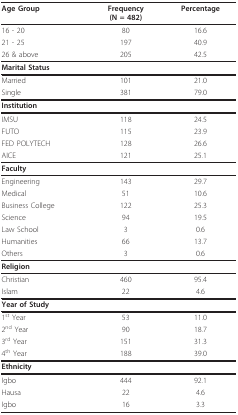
| Age Group | Frequency(N = 482) | Percentage |
 | --- | --- | --- |
 | 16 - 20 | 80 | 16.6 |
 | 21 - 25 | 197 | 40.9 |
 | 26 & above | 205 | 42.5 |
 | Marital Status |  |  |
 | Married | 101 | 21.0 |
 | Single | 381 | 79.0 |
 | Institution |  |  |
 | IMSU | 118 | 24.5 |
 | FUTO | 115 | 23.9 |
 | FED POLYTECH | 128 | 26.6 |
 | AICE | 121 | 25.1 |
 | Faculty |  |  |
 | Engineering | 143 | 29.7 |
 | Medical | 51 | 10.6 |
 | Business College | 122 | 25.3 |
 | Science | 94 | 19.5 |
 | Law School | 3 | 0.6 |
 | Humanities | 66 | 13.7 |
 | Others | 3 | 0.6 |
 | Religion |  |  |
 | Christian | 460 | 95.4 |
 | Islam | 22 | 4.6 |
 | Year of Study |  |  |
 | 1st Year | 53 | 11.0 |
 | 2nd Year | 90 | 18.7 |
 | 3rd Year | 151 | 31.3 |
 | 4th Year | 188 | 39.0 |
 | Ethnicity |  |  |
 | Igbo | 444 | 92.1 |
 | Hausa | 22 | 4.6 |
 | Igbo | 16 | 3.3 |